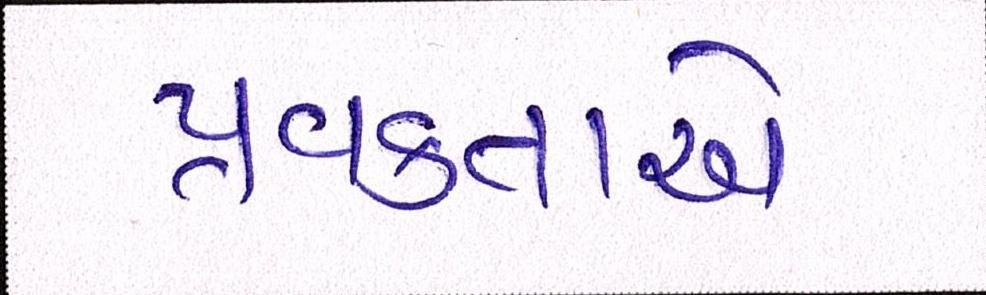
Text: પ્રવક્તાએ